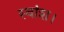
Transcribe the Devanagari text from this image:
स्वांश।